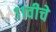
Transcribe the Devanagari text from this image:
११वीचे